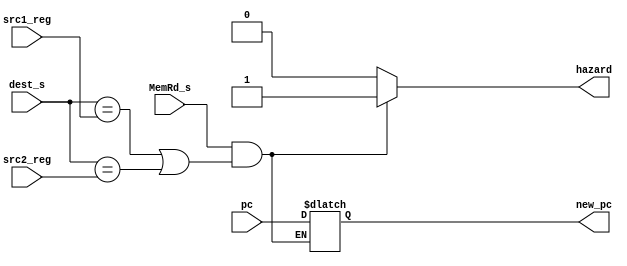
module hazard_ct(input [7:0] pc,
                 input MemRd_s,
                 input [3:0] dest_s,
                 input [3:0] src1_reg,
                 input [3:0] src2_reg,
                 output reg hazard,
                 output reg [7:0] new_pc);
                 
always@( * )
begin
if ( MemRd_s && ((dest_s == src1_reg) || (dest_s == src2_reg)) ) begin
    hazard=1;
    new_pc=pc; end
else
    hazard=0;
end

endmodule